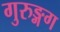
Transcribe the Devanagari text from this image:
गुरुङ्गग